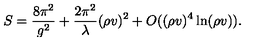
S = \frac { 8 \pi ^ { 2 } } { g ^ { 2 } } + \frac { 2 \pi ^ { 2 } } { \lambda } ( \rho v ) ^ { 2 } + O ( ( \rho v ) ^ { 4 } \ln ( \rho v ) ) .